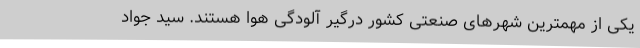
یکی از مهمترین شهرهای صنعتی کشور درگیر آلودگی هوا هستند. سید جواد